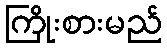
ကြိုးစားမည်